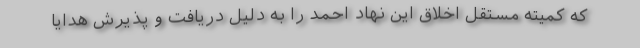
که کمیته مستقل اخلاق این نهاد احمد را به دلیل دریافت و پذیرش هدایا